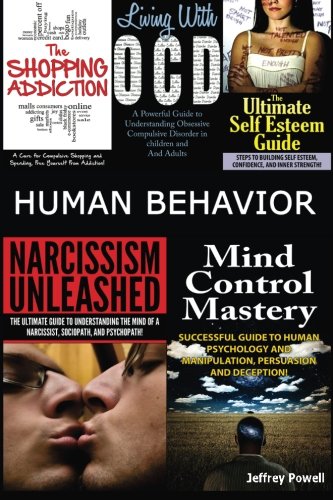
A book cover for Human Behavior: Narcissism Unleashed! + Mind Control Mastery + The Shopping Addiction & Living With OCD + The Ultimate Self Esteem Guide (Box Set) (Volume 5); Jeffrey Powell; Health, Fitness & Dieting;